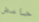
حامض